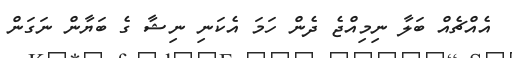
އެއްޗެއް ބަލާ ނިމިއްޖެ ދެން ހަމަ އެކަނި ނިޝާ ގެ ބަޔާން ނަގަން